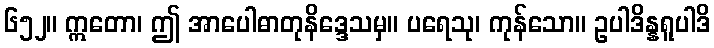
၆၅၂။ ဣတော၊ ဤ အာပေါဓာတုနိဒ္ဒေသမှ။ ပရေသု၊ ကုန်သော။ ဥပါဒိန္နရူပါဒိ